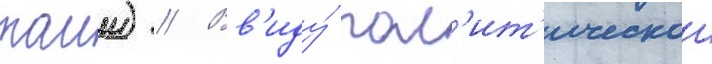
таии) // Вв'иду́ пол'ит'ическои